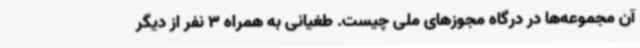
آن مجموعه‌ها در درگاه مجوزهای ملی چیست. طغیانی به همراه 3 نفر از دیگر